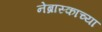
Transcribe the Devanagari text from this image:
नेब्रास्काच्या